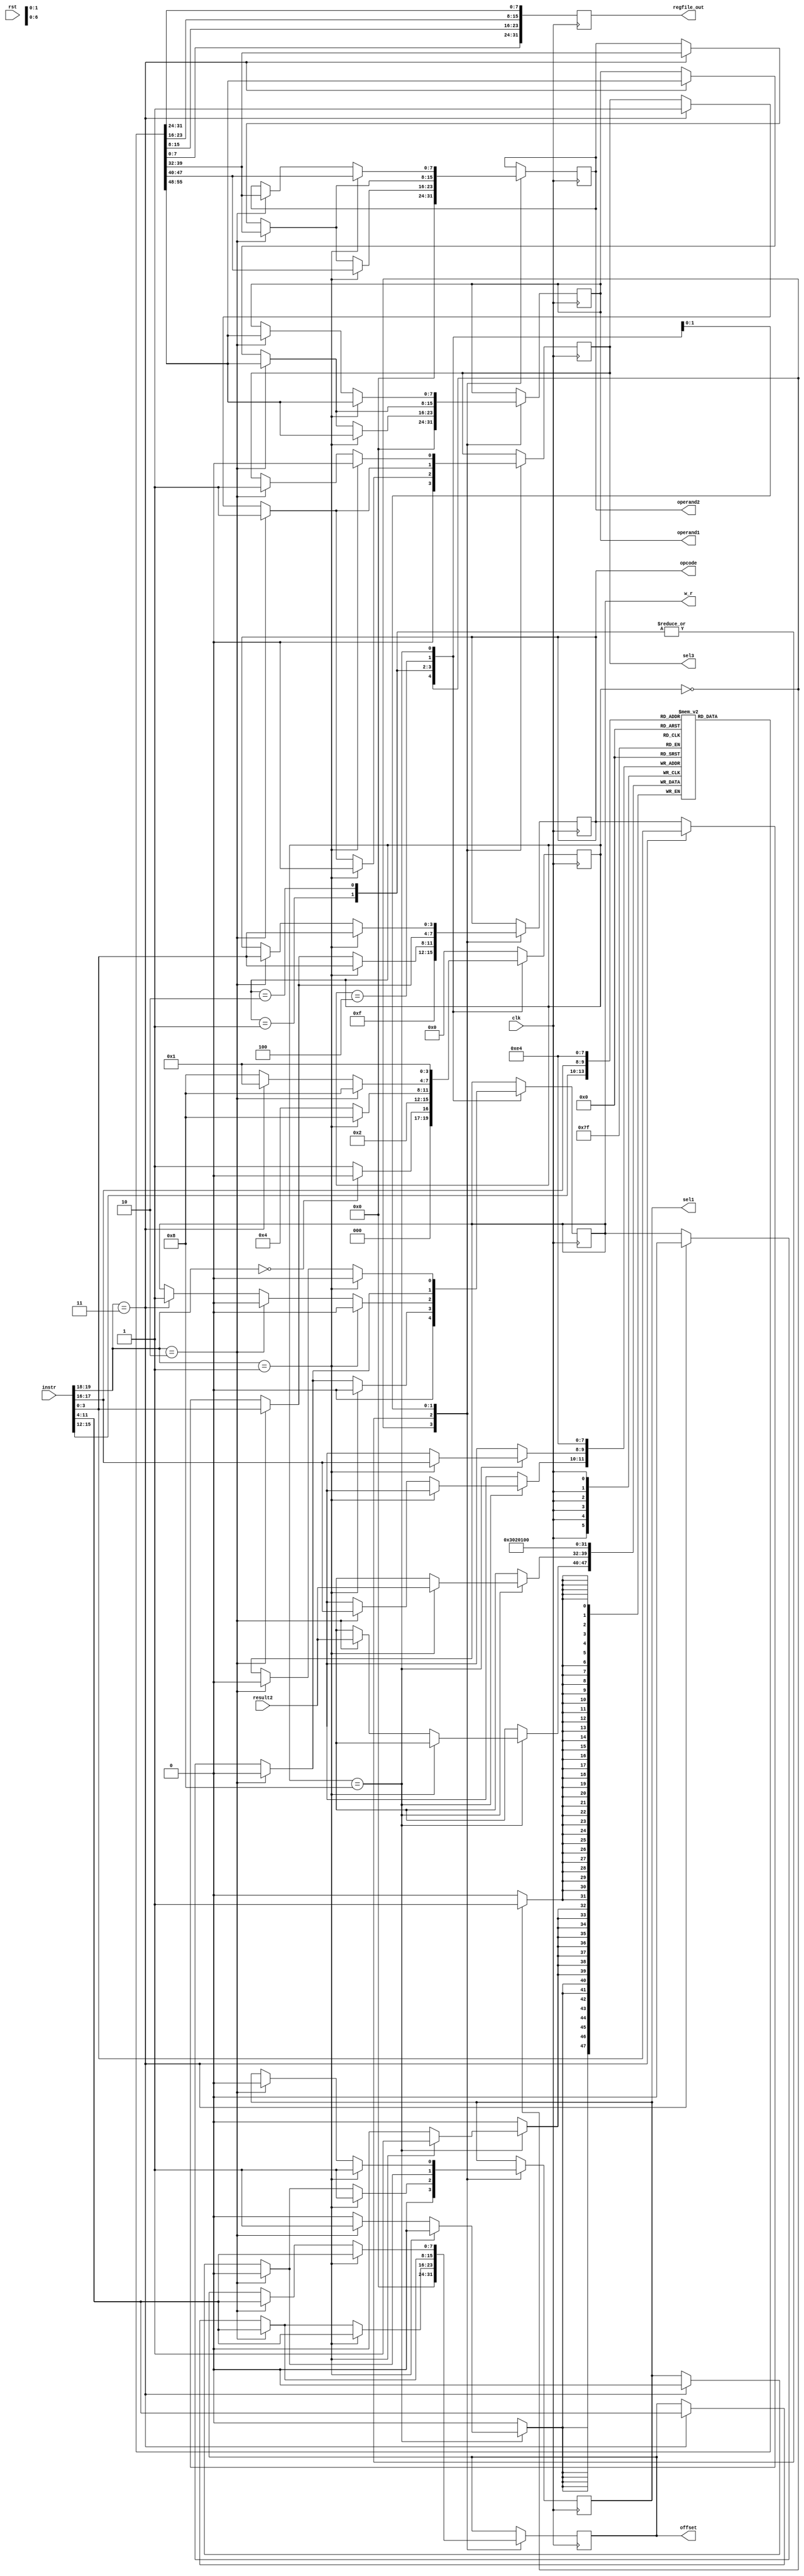
`timescale 1ns / 1ps

module CU (clk,rst, instr, result2, operand1, operand2, offset, opcode, sel1, sel3, w_r, regfile_out);
    //Defaults unless overwritten during instantiation
    parameter DATA_WIDTH = 8; //8 bit wide data
    parameter ADDR_BITS = 5; //32 Addresses
    parameter INSTR_WIDTH = 20; 
    //INPUTS
    input clk,rst;
    input [INSTR_WIDTH-1:0]instr;
  	input [DATA_WIDTH-1:0] result2; //What is this

    //OUTPUTS
    output reg [DATA_WIDTH-1:0] operand1;
    output reg [DATA_WIDTH-1:0] operand2;
    output reg [DATA_WIDTH-1:0] offset;
    output reg [3:0] opcode;
    output reg sel1, sel3, w_r;

    //REGISTER FILE: CU internal register file of 4 registers.  This is a over simplication of a real solution
  	reg [DATA_WIDTH-1:0] regfile [0:3];
    reg [INSTR_WIDTH-1:0]instruction;
  output reg [DATA_WIDTH*4-1:0] regfile_out; //output register to pass out regfile internal values - passed out as one long hex number
    
    //STATES
    parameter RESET = 4'b0000;
    parameter DECODE = 4'b0001;
    parameter EXECUTE = 4'b0010;
    parameter MEM_ACCESS = 4'b0100;
    parameter WRITE_BACK = 4'b1000;
        
    reg [3:0] state = RESET;
    
  	
    always @(posedge clk) begin
      	//Create regfile output for waveform
      	regfile_out = {regfile[0],regfile[1],regfile[2],regfile[3]};
      
        instruction = instr;
        case (state)
            RESET : begin //#0
                if (instruction[19:18] == 2'b00)  begin
                    state = RESET; 
                	end else begin
                    state = DECODE; //#1
               		end
                //-----------------------------
                //Write initial values to regfile
                regfile[0]<= 8'd0;
                regfile[1]<= 8'd1;
                regfile[2]<= 8'd2;
                regfile[3]<= 8'd3;

                //Set output to reset defaults
                operand1 <= #(DATA_WIDTH)'d0;
                operand2 <= #(DATA_WIDTH)'d0;
                offset <= #(DATA_WIDTH)'d0;
                opcode <= 4'b1111;
                sel1 <= 0;
                sel3 <= 0;
                w_r <= 0;
                //-----------------------------
            end

            DECODE : begin //#1
                state = EXECUTE; //#2
                if (instruction[19:18] == 2'b1) begin //std_op
                    operand1 <= regfile[instruction[15:14]]; //X2
                    operand2 <= regfile[instruction[13:12]]; //X3
                    offset <= instruction[11:4];
                    opcode <= instruction[3:0];
                   	sel1 <= 1;
                    sel3 <= 0;
                    w_r <= 0;
                end else if (instruction[19:18] == 2'b10) begin //loadR 
                    operand1 <= regfile[instruction[15:14]]; //X2
                  	operand2 <= regfile[instruction[17:16]]; //z X1
                    offset <= instruction[11:4];
                    opcode <= instruction[3:0];
                    sel1 <= 0; //pass data_out
                    sel3 <= 1; //pass offset
                    w_r <= 0;
                end else if (instruction[19:18] == 2'b11) begin //storeR 
                   	/******************************************** 
                   	*/
                   	operand1 <= regfile[instruction[15:14]]; //X2
                   	operand2 <= regfile[instruction[17:16]]; //z X1
                   	offset <= instruction[11:4];
                   	opcode <= instruction[3:0];
                  	sel1 <= 0; 
                    sel3 <= 1; //pass offset to ALU
                    w_r <= 0; //No writinig taking place in this state
                   	/*
                   	********************************************/ 

                end
            end
            EXECUTE: begin //#2
                state = MEM_ACCESS; //#3
                if (instruction[19:18] == 2'b01) begin //std_op
                    state = WRITE_BACK;
                    operand1 <= regfile[instruction[15:14]]; //X2
                    operand2 <= regfile[instruction[13:12]]; //X3
                    offset <= instruction[11:4];
                    opcode <= instruction[3:0];
                    sel1 <= 1;
                    sel3 <= 0;
                    w_r <= 0;

                end else if (instruction[19:18] == 2'b10) begin //loadR  
                    operand1 <= regfile[instruction[15:14]]; //X2
                    operand2 <= regfile[instruction[17:16]]; //z
                    offset <= instruction[11:4];
                    opcode <= instruction[3:0];
                    sel1 <= 0; //pass data_out
                    sel3 <= 1; //pass offset
                    w_r <= 0; 
                end else if (instruction[19:18] == 2'b11) begin //storeR
                   	/******************************************** 
                   	*/
                   	operand1 <= regfile[instruction[15:14]]; //X2
                   	operand2 <= regfile[instruction[17:16]]; //z X1
                   	offset <= instruction[11:4];
                   	opcode <= instruction[3:0];
                  	sel1 <= 0; 
                    sel3 <= 1; //pass offset
                    w_r <= 1; //No writing taking place in this state
                   	/*
                   	********************************************/ 
                end
            end
            MEM_ACCESS: begin //#3
                state = WRITE_BACK; //#4
                if (instruction[19:18] == 2'b10) begin //loadR             
                    operand1 <= regfile[instruction[15:14]]; //X2
                    operand2 <= regfile[instruction[17:16]]; //z
                    offset <= instruction[11:4];
                    opcode <= instruction[3:0];
                    sel1 <= 0; //pass data_out
                    sel3 <= 1; //pass offset
                    w_r <= 0;
                end else if (instruction[19:18] == 2'b11) begin //storeR 
                   	/******************************************** 
                   	*/
                   	state = DECODE;
                  	operand1 <= regfile[instruction[15:14]]; //X2
                   	operand2 <= regfile[instruction[17:16]]; //z X1
                   	offset <= instruction[11:4];
                   	opcode <= instruction[3:0];
                  	sel1 <= 0; //
                    sel3 <= 1; //pass offset
                    w_r <= 0; //Value written to data memory
                   	/*
                   	********************************************/ 
                end
            end
            WRITE_BACK: begin //#4
                state = DECODE; //#1
                if (instruction[19:18] == 2'b01) begin //std_op
                    regfile[instruction[17:16]] <= result2; //X1

                    operand1 <= regfile[instruction[15:14]]; //X2
                    operand2 <= regfile[instruction[13:12]]; //X3
                    offset <= instruction[11:4];
                    opcode <= instruction[3:0];
                    sel1 <= 1;
                    sel3 <= 0;
                    w_r <= 0; 
                //No write back needed for StoreR instruction    
                end else if (instruction[19:18] == 2'b10) begin //loadR             
                    regfile[instruction[17:16]] <= result2; //From data mem
                    operand1 <= regfile[instruction[15:14]]; //X2
                    operand2 <= regfile[instruction[17:16]]; //z
                    offset <= instruction[11:4];
                    opcode <= instruction[3:0];
                    sel1 <= 0; //pass data_out
                    sel3 <= 1; //pass offset
                    w_r <= 0;
                end
            end

            default: // Fault Recovery
            state = RESET; //#0
        endcase
    end
endmodule